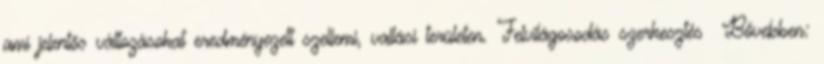
ami jelentős változásokat eredményezett szellemi, vallási területen. Felvilágosodás szerkesztés Bővebben: